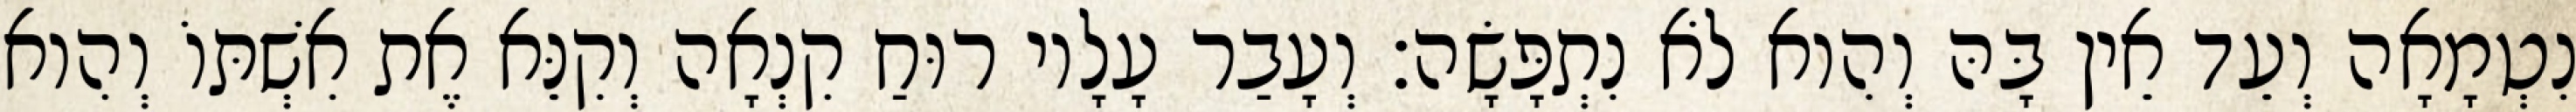
נִטְמָאָה וְעֵד אֵין בָּהּ וְהִוא לֹא נִתְפָּשָׂה׃ וְעָבַר עָלָיו רוּחַ קִנְאָה וְקִנֵּא אֶת אִשְׁתּוֹ וְהִוא